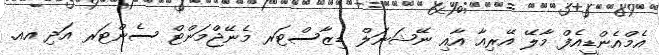
އެމްއެންޑީއެފް މާލޭ އޭރިއާ އާއި ނޭޝަނަލް ޑިޒާސްޓަރ މެނޭޖްމަންޓް ސެންޓަރ އަދި އއ.